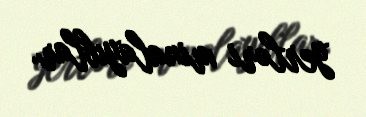
yerləri minalayıblar.